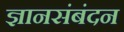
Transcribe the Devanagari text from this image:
ज्ञानसंबंदन